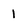
Character: l